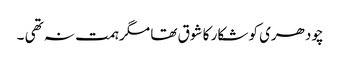
چودھری کو شکار کا شوق تھا مگر ہمت نہ تھی ۔